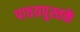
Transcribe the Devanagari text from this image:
पाठय़पुस्तकें